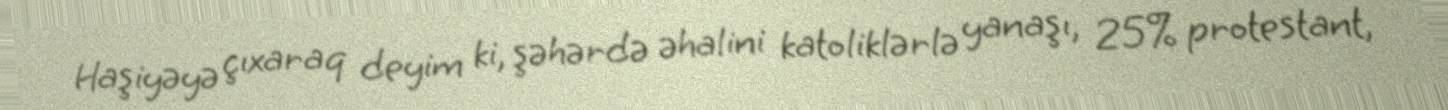
Haşiyəyə çıxaraq deyim ki, şəhərdə əhalini katoliklərlə yanaşı, 25% protestant,